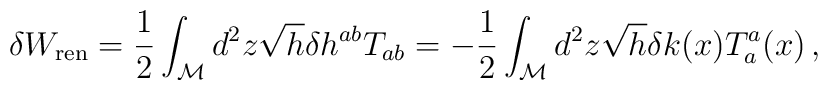
\delta W_{{\mbox {\scriptsize {ren}}}}=\frac{1}{2}\int _{\cal M}d^{2}z\sqrt{h}\delta h^{ab}T_{ab}=-\frac{1}{2}\int _{\cal M}d^{2}z\sqrt{h}\delta k(x)T_{a}^{a}(x)\,,